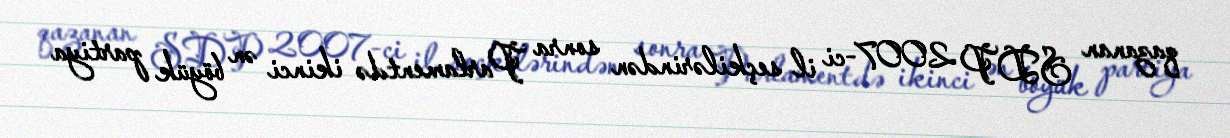
qazanan SDP 2007-ci il seçkilərindən sonra Parlamentdə ikinci ən böyük partiya